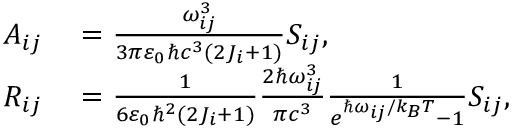
\begin{array} { r l } { A _ { i j } } & { { } = \frac { \omega _ { i j } ^ { 3 } } { 3 \pi \varepsilon _ { 0 } \hbar c ^ { 3 } ( 2 J _ { i } + 1 ) } S _ { i j } , } \\ { R _ { i j } } & { { } = \frac { 1 } { 6 \varepsilon _ { 0 } \hbar ^ { 2 } ( 2 J _ { i } + 1 ) } \frac { 2 \hbar \omega _ { i j } ^ { 3 } } { \pi c ^ { 3 } } \frac { 1 } { e ^ { \hbar \omega _ { i j } / k _ { B } T } - 1 } S _ { i j } , } \end{array}